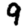
Digit: 9